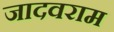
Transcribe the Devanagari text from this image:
जादवराम